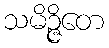
သမိဉ္ဇိတေ